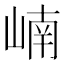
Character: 𪩂